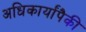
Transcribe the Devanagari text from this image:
अधिकार्यांपैकी